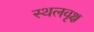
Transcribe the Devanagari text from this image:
स्थलवृक्ष